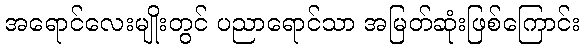
အရောင်လေးမျိုးတွင် ပညာရောင်သာ အမြတ်ဆုံးဖြစ်ကြောင်း